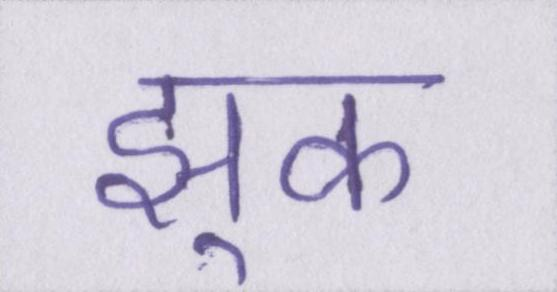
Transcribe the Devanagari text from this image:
झुक